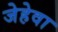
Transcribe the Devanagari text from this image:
जेहेवा